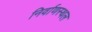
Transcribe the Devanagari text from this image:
निर्वाणस्थल